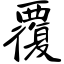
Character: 覆